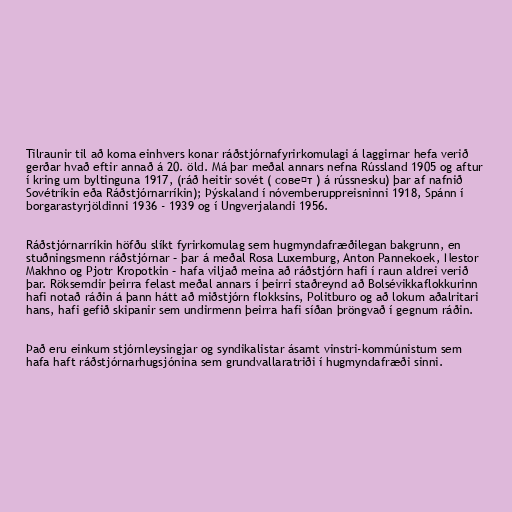
Tilraunir til að koma einhvers konar ráðstjórnafyrirkomulagi á laggirnar hefa verið
gerðar hvað eftir annað á 20. öld. Má þar meðal annars nefna Rússland 1905 og aftur
í kring um byltinguna 1917, (ráð heitir sovét ( cове́т ) á rússnesku) þar af nafnið
Sovétríkin eða Ráðstjórnarríkin); Þýskaland í nóvemberuppreisninni 1918, Spánn í
borgarastyrjöldinni 1936 - 1939 og í Ungverjalandi 1956.

Ráðstjórnarríkin höfðu slíkt fyrirkomulag sem hugmyndafræðilegan bakgrunn, en
stuðningsmenn ráðstjórnar – þar á meðal Rosa Luxemburg, Anton Pannekoek, Nestor
Makhno og Pjotr Kropotkin – hafa viljað meina að ráðstjórn hafi í raun aldrei verið
þar. Röksemdir þeirra felast meðal annars í þeirri staðreynd að Bolsévikkaflokkurinn
hafi notað ráðin á þann hátt að miðstjórn flokksins, Politburo og að lokum aðalritari
hans, hafi gefið skipanir sem undirmenn þeirra hafi síðan þröngvað í gegnum ráðin.

Það eru einkum stjórnleysingjar og syndikalistar ásamt vinstri-kommúnistum sem
hafa haft ráðstjórnarhugsjónina sem grundvallaratriði í hugmyndafræði sinni.